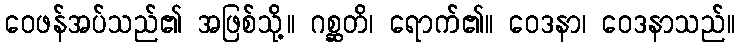
ဝေဖန်အပ်သည်၏ အဖြစ်သို့။ ဂစ္ဆတိ၊ ရောက်၏။ ဝေဒနာ၊ ဝေဒနာသည်။